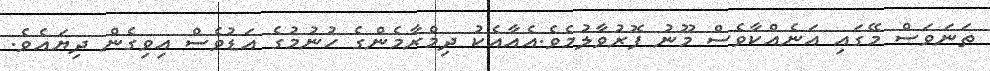
ތަނަވަސް މޭގައި އަނެއްކާވެސް މޫނު ފޮރުވާލުމެވެ.އެއާއެކު ދިމްރާމެންގެ ހުނުމުގެ އަޑުވެސް އިވިގެން ދިޔައެވެ.